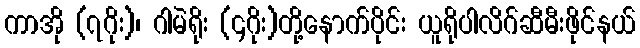
ကာအို (၇ဂိုး)၊ ဂါမဲရိုး (၄ဂိုး)တို့နောက်ပိုင်း ယူရိုပါလိဂ်ဆီမီးဖိုင်နယ်